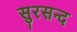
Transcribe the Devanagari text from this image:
सुरसन्द